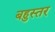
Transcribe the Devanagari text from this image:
बहुस्तर